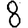
Digit: 8